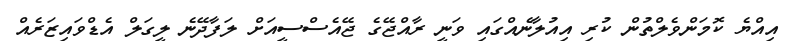
އިއްޔެ ކޮމަންވެލްތުން ކުރި އިއުލާނެއްގައި ވަނީ ރާއްޖޭގެ ޖޭއެސްސީއަށް ލަފާދޭނެ ލީގަލް އެޑްވައިޒަރެއް